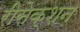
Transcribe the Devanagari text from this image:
रीसेक्शन